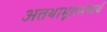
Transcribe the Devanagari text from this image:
अतथाभूतमप्यर्थ